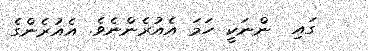
ގައި  ންނަކީ ހަމަ އެއުރެންނެވެ. އެއުރެންގެ